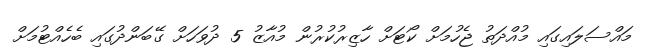
މައްސަލައިގައި މުއްދަތު ޖެހުމަށް ކޯޓަށް ހާޒިރުކުރުން މުއާޒު 5 ދުވަހަށް ގޭބަންދުގައި ބެހެެއްޓުމަށް